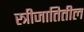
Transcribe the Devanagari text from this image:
स्त्रीजातितील